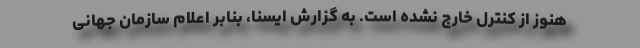
هنوز از کنترل خارج نشده است. به گزارش ایسنا، بنابر اعلام سازمان جهانی